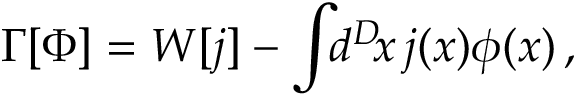
\Gamma [ \Phi ] = W [ j ] - \int \! \! d ^ { D } \! x \, j ( x ) \phi ( x ) \, ,